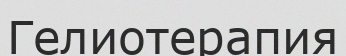
Гелиотерапия